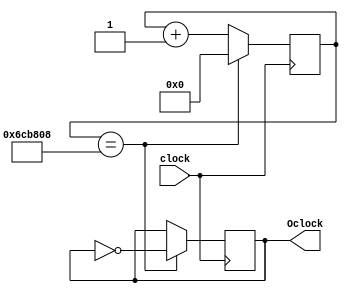
module clk2 (clock , Oclock);
	input clock ;
	output reg Oclock = 0 ;
	reg [25:0] counter = 0 ;
	always@(posedge clock) begin
		counter <= counter +1 ;
		if(counter == 7125000)begin
			counter <= 0 ;
			Oclock <= !Oclock ;
		end
	end
endmodule